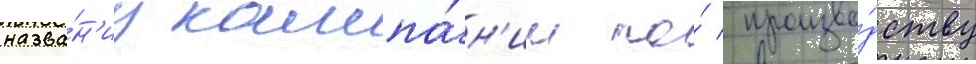
назва́н'иу кампа́н'ии по́ произво́дству